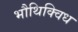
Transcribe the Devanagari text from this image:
भौथिक्विध